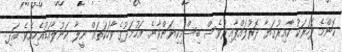
ކޮންމެ ފަހަރަކު ކާއިރުގަޔާ ދޮރުލައްޕާއިރުވެސް ބިސްމިކިޔަންވާނެ. އަހުމަދުގެ ވާހަކަތައް ނީލާ ކަނުލާއަޑުއެހިއެވެ. އަދި